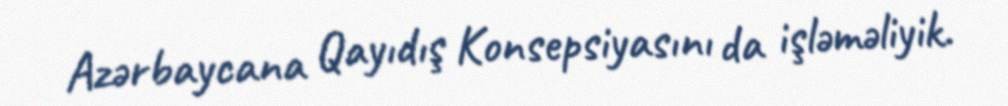
Azərbaycana Qayıdış Konsepsiyasını da işləməliyik.